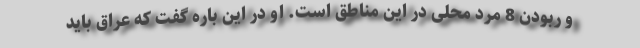
و ربودن 8 مرد محلی در این مناطق است. او در این باره گفت که عراق باید